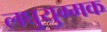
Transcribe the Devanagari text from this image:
लघुयुग्मक